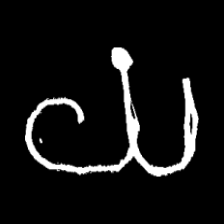
Pyu character \u2014 Myanmar letter: ယ (romanized: ya)